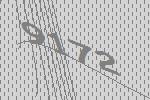
9172